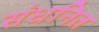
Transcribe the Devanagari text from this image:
संधनित